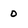
Character: 0